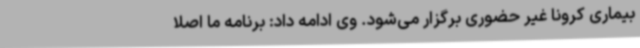
بیماری کرونا غیر حضوری برگزار می‌شود. وی ادامه داد: برنامه ما اصلا